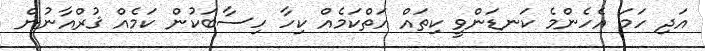
އަދި ހަމަ އެހެންމެ ކަނޑަންވީ ކިތައް އަތްކަމެއް ކިހާ ހިސާބަކުން ކަމެއް ޤުރްއާނުން